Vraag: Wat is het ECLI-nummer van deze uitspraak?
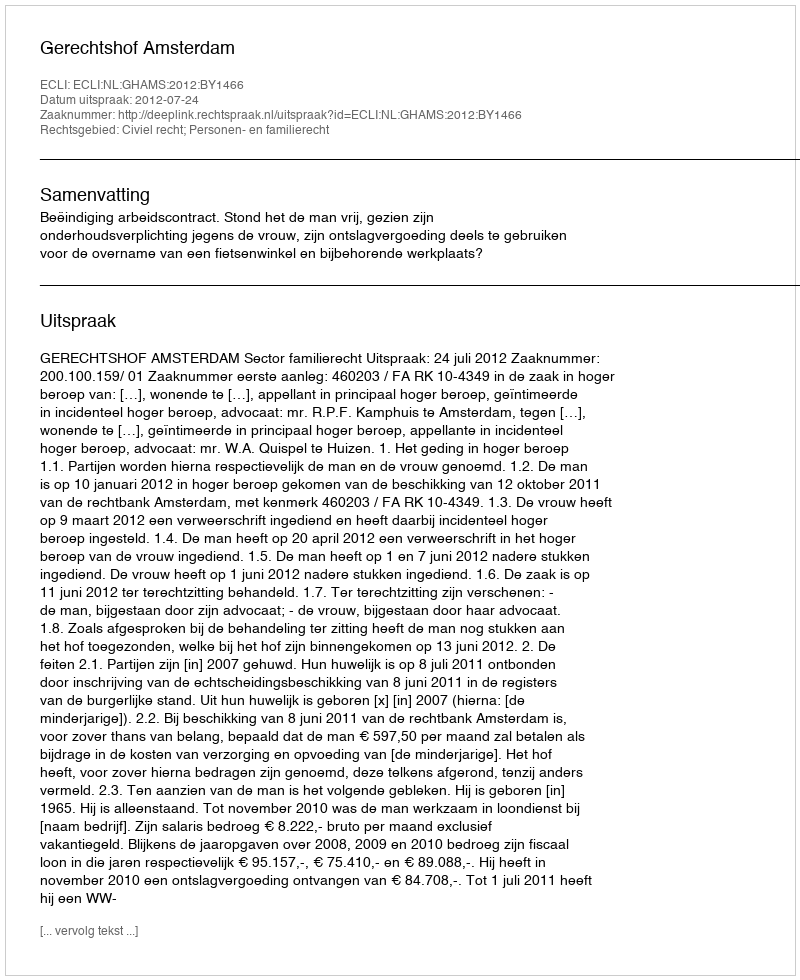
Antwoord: ECLI:NL:GHAMS:2012:BY1466